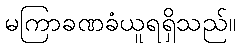
မကြာခဏခံယူရရှိသည်။